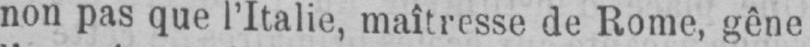
non pas que l’Italie, maîtresse de Rome, gêne